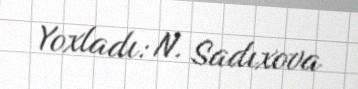
Yoxladı: N. Sadıxova